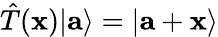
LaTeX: {\hat{T}}(\mathbf{x})|\mathbf{a}\rangle=|\mathbf{a}+\mathbf{x}\rangle